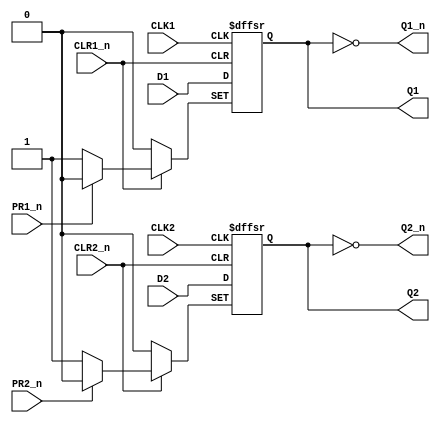
`timescale 1ns / 1ps
//////////////////////////////////////////////////////////////////////////////////
// Company:Xilinx 
// 
// Design Name: digital_base_IP
// Module Name: D_FlipFlop_Set_Reset
// Project Name: 74LS74
// Target Devices: Basys3
// Tool Versions: 
// Description: 
// 
// Dependencies: 
// 
// Revision:
// Revision 0.01 - File Created
// Additional Comments:
// 
//////////////////////////////////////////////////////////////////////////////////


module D_FlipFlop_Set_Reset(
    input wire CLK1,PR1_n,CLR1_n,D1,
    input wire CLK2,PR2_n,CLR2_n,D2,
    output reg Q1,
    output wire Q1_n,
    output reg Q2,
    output wire Q2_n
    );
    
    always@(posedge CLK1,negedge PR1_n,negedge CLR1_n)
        if(PR1_n == 0)
            Q1 <= 1;
        else if(CLR1_n == 0)
            Q1 <= 0;
        else
            Q1 <= D1;
    
    always@(posedge CLK2,negedge PR2_n,negedge CLR2_n)
        if(PR2_n == 0)
            Q2 <= 1;
        else if(CLR2_n == 0)
            Q2 <= 0;
        else
            Q2 <= D2;
    
    assign Q1_n = ~Q1;
    assign Q2_n = ~Q2;
    
endmodule